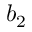
b _ { 2 }